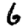
Digit: 6